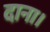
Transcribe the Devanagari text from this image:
दाना।